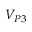
V _ { P 3 }